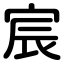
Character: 宸